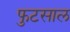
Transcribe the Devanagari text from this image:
फुटसाल